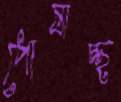
পোষাচ্ছ